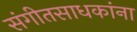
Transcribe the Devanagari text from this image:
संगीतसाधकांना